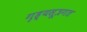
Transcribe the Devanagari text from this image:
गृह्यसूत्रगत